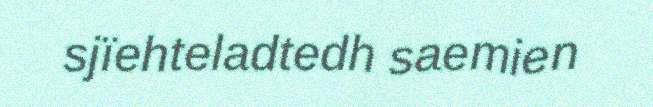
sjïehteladtedh saemien